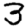
Digit: 3